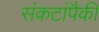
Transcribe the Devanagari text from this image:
संकटांपैकी